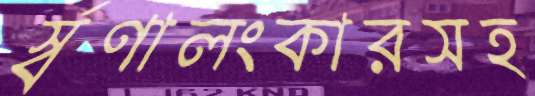
র্স্বণালংকারসহ